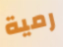
رمية